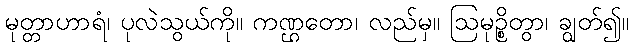
မုတ္တာဟာရံ၊ ပုလဲသွယ်ကို။ ကဏ္ဌတော၊ လည်မှ။ ဩမုဉ္စိတွာ၊ ချွတ်၍။